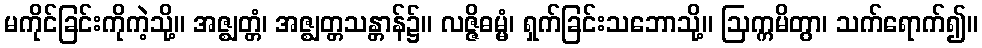
မကိုင်ခြင်းကိုကဲ့သို့။ အဇ္ဈတ္တံ၊ အဇ္ဈတ္တသန္တာန်၌။ လဇ္ဇိဓမ္မံ၊ ရှက်ခြင်းသဘောသို့။ ဩက္ကမိတွာ၊ သက်ရောက်၍။